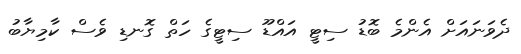
ދެވަނައަށް އެންމެ ބޮޑު ސިޓީ އައްޑޫ ސިޓީގެ ހަތް ގޮނޑި ވެސް ކާމިޔާބު